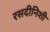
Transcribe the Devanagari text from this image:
रसदीनिशी